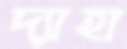
দ্যাহা